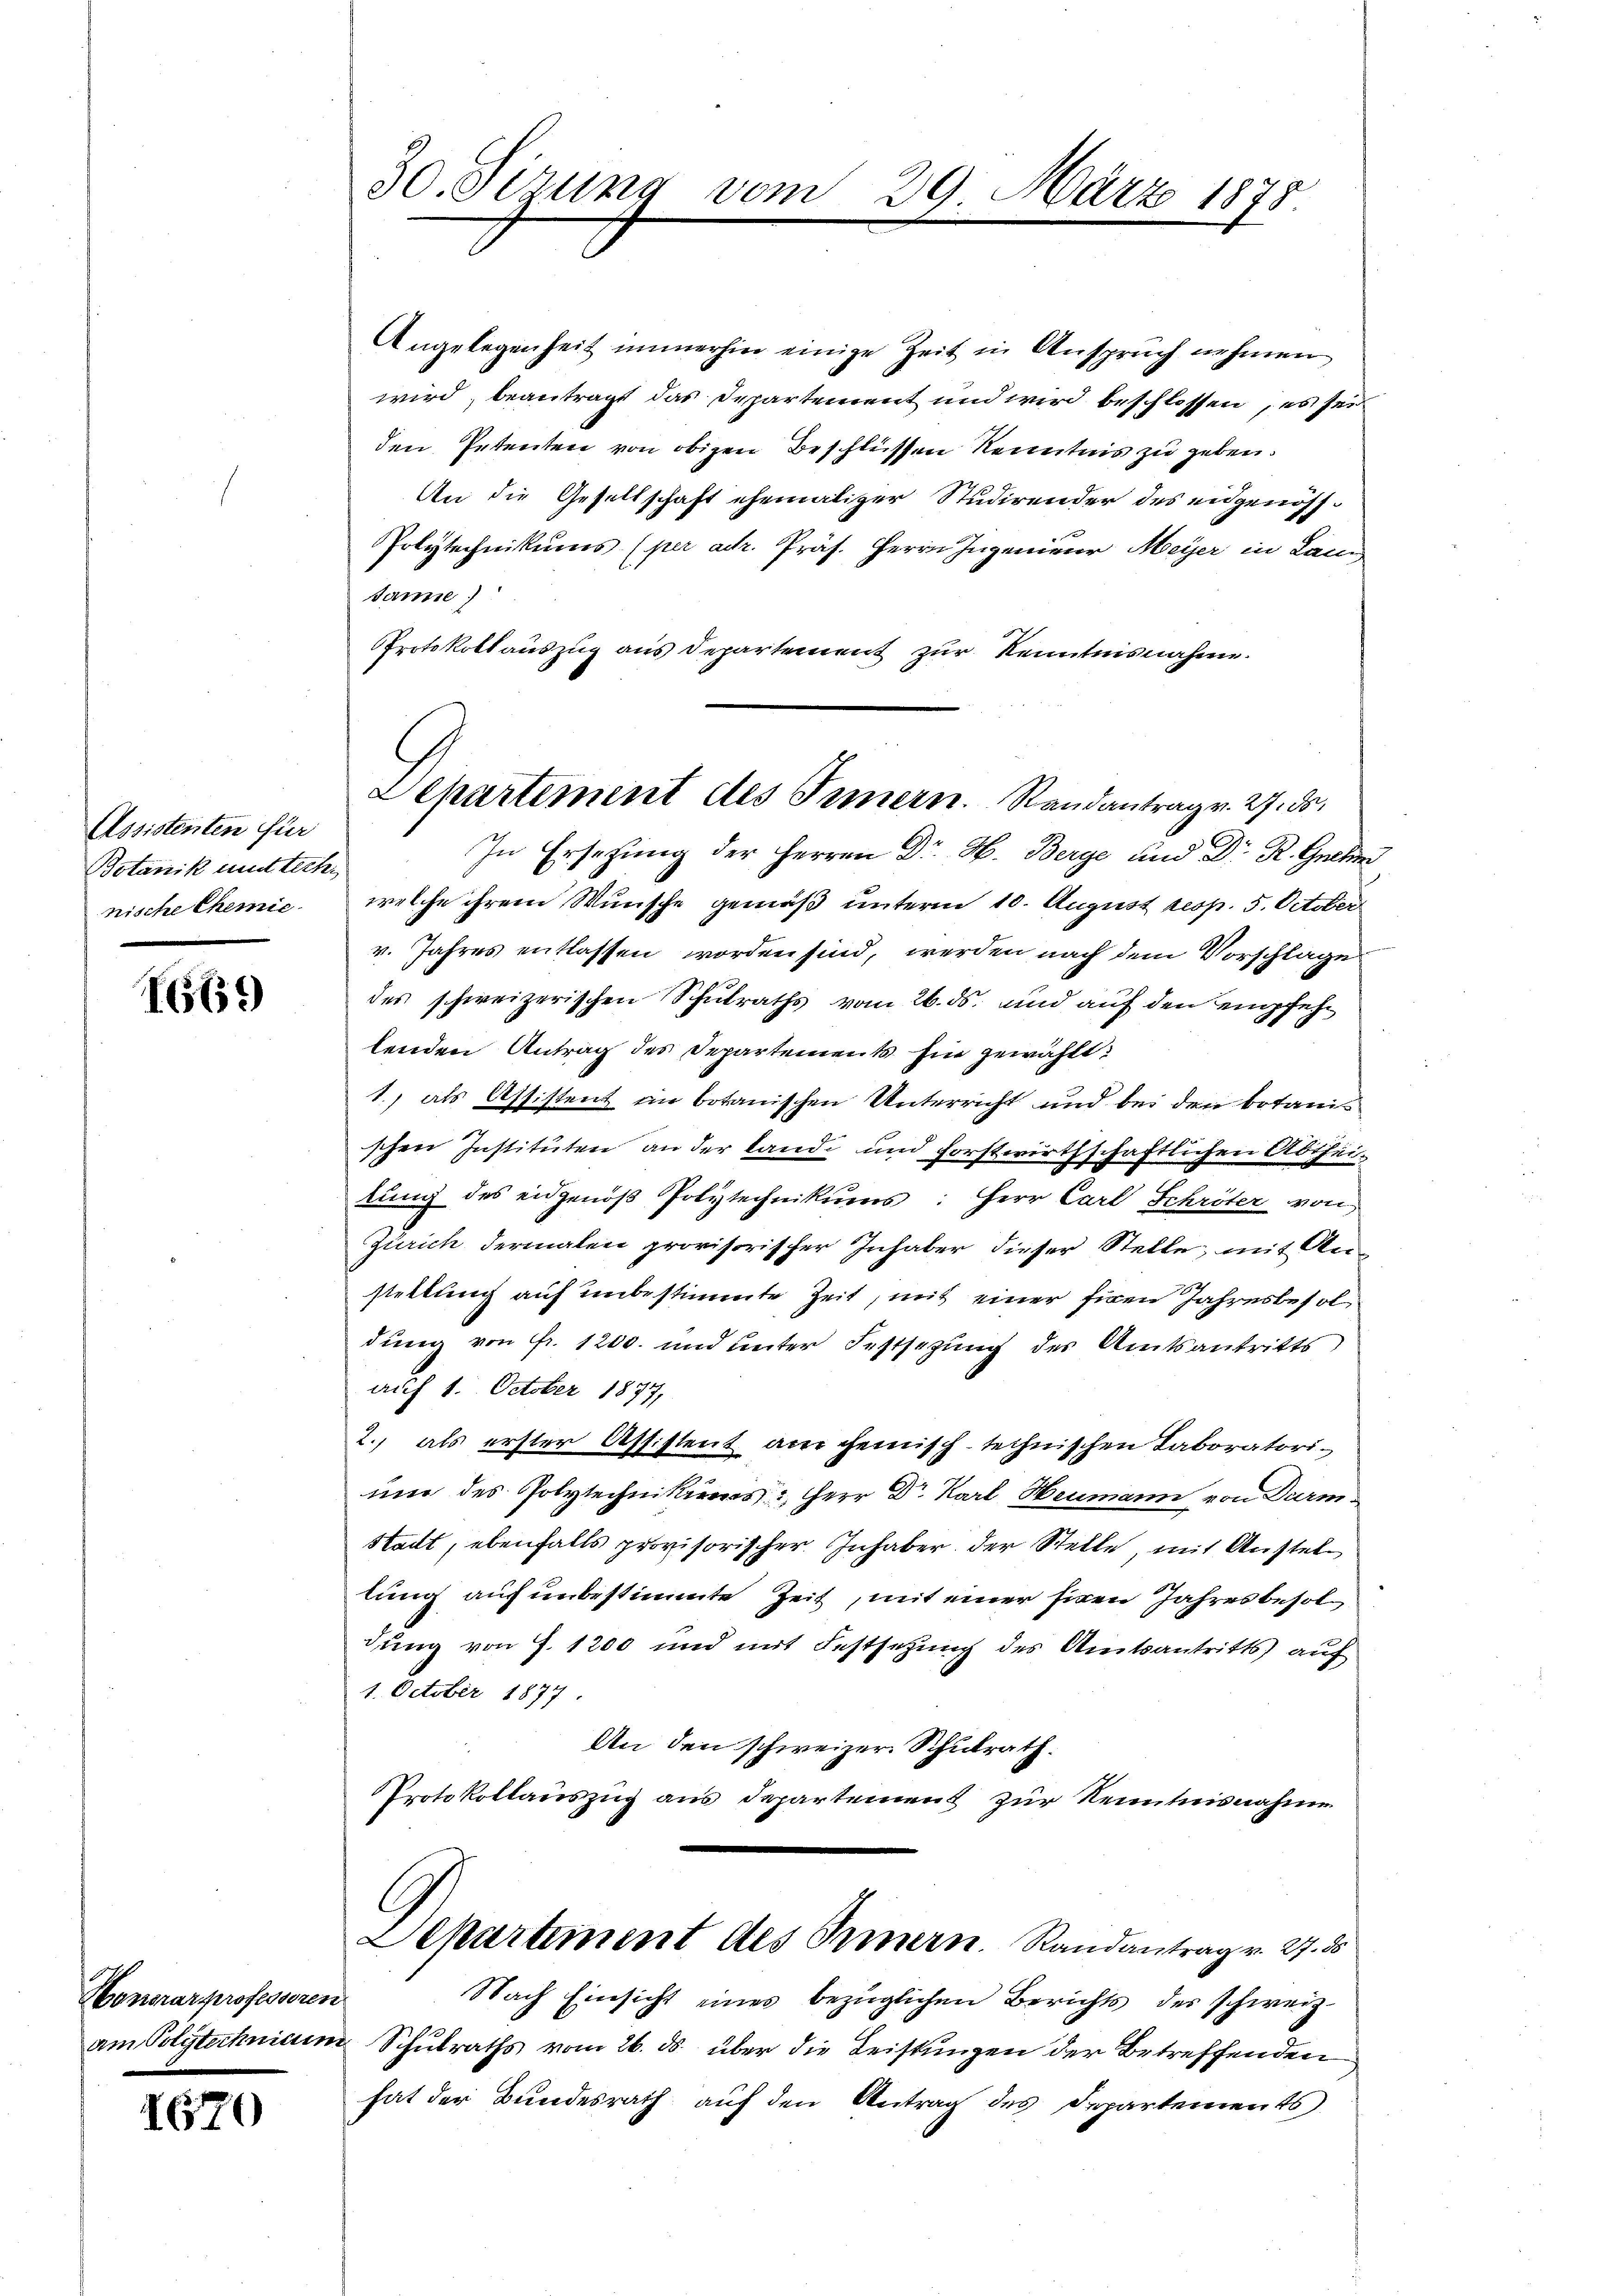
Assistenten für
Botanik mutterhi
nische Chemie

69

Honorar professoren
am Polytechniden

1670

30. Sitzung vom 29. März 1878

Angelegenheit immerhin einige Zeit in Anspruch nehmen
wird, beantragt das Departement und wird beschlossen, es sei
den Petenten von obigen Beschlüssen Kenntnis zu geben.
An die Gesellschaft ehemaliger Studirender des eidgenöss¬
Polytechnikums (per ach. Präs. Herrn Ingenieur Meyer in kann
tanne)
Protokollauszug aus Departement zur Kenntnisnahme.
In Ersehung der Herren Dr. M. Berge und Dr. R. Gucke
welche ihrem Wunsche gemäß unterm 10. August resp. 5. October
v. Jahres entlassen worden sind, werden nach dem Vorschlage
des schweizerischen Schulraths vom 26. ds. und auf den empfehlenden Antrag des Departement hin gewählt:
1., als Assistent in botanischen Unterricht und bei den botan
schen Instituten an der Landi und forstwirthschaftlichen Abtheilung des eidgenoß Polytechnikums: Herr Carl Schröter von
Zürich dermalen provisorischer Inhaber dieser Stelle, mit Anstellung auf unbestimmte Zeit, mit einer Eigen Jahresbesol
dung von Fr. 1200. und unter Festsezung des Amtsantritts
auf 1. October 1877,
2., als erster Assistent am gemisch-technischen Laboratori¬
und des Polytechen Herr Dr. Karl Heumann von Darm.
Stadt, ebenfalls provisorischer Inhaber der Stelle mit Anstellung auf unbestimmte Zeit, mit einer sinen Jahresbesol
dung von J. 1200 und mit Festsetzung des Amtsantritts auf
1. October 1877.
An den schweizer. Schulrath.
Protokollauszug aus Departement zur Kenntnisnahme
Dehartement des Innern. Randantrag v. 27. 35
Nach Einsicht eines bezüglichen Berichts der schweiz.
 Schulraths vom 26. ds. über die Leistungen der Betreffenden
hat der Bundesrath auf den Antrag des Departements

Departement des Innern. Randantrag v. 27. ds.